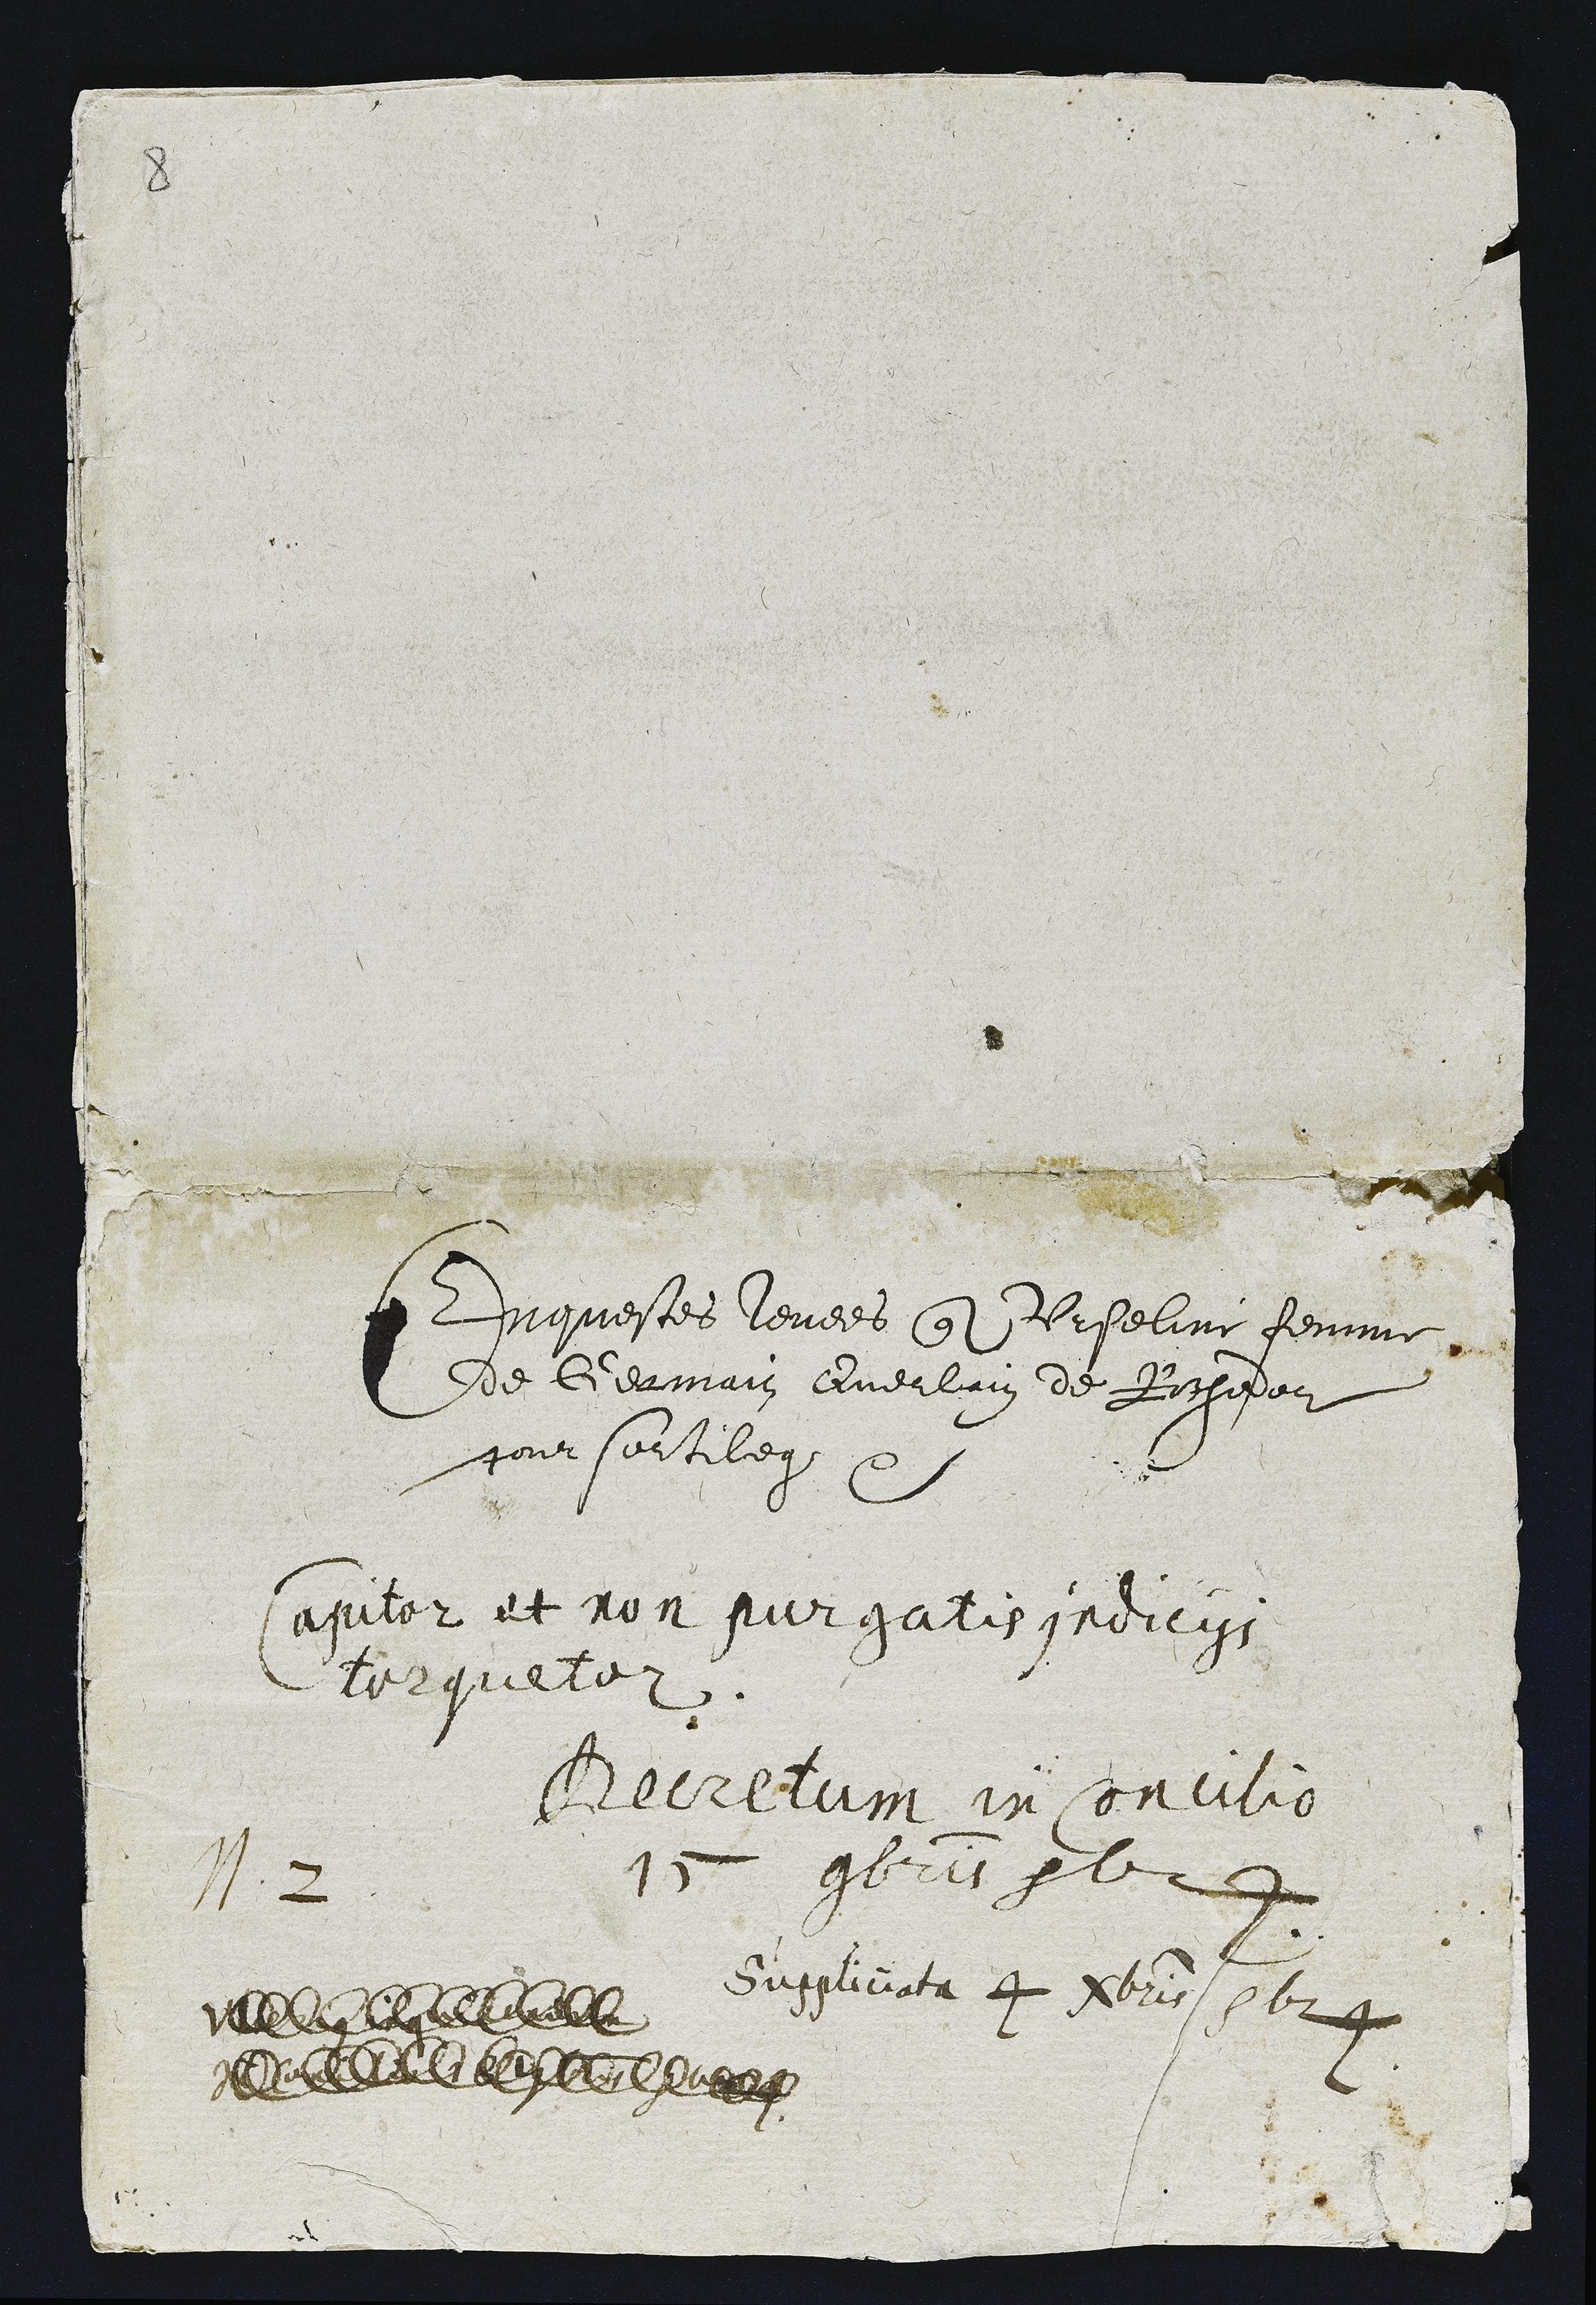
N 2

Enquestes levees que Urselin femme
de Germain Guerlain de Rochiedon
pour sortileg

sapiter et non purgatis indicit.
Torquelo.

Berretam in Concilio
ve pris eele

Suggliciata 4 Mbris 6624